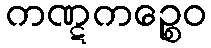
ကဏ္ဋကဉ္စေဝ